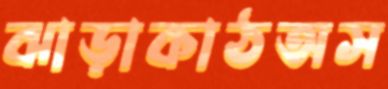
ঝাড়াকাঠঅস